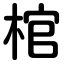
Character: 棺